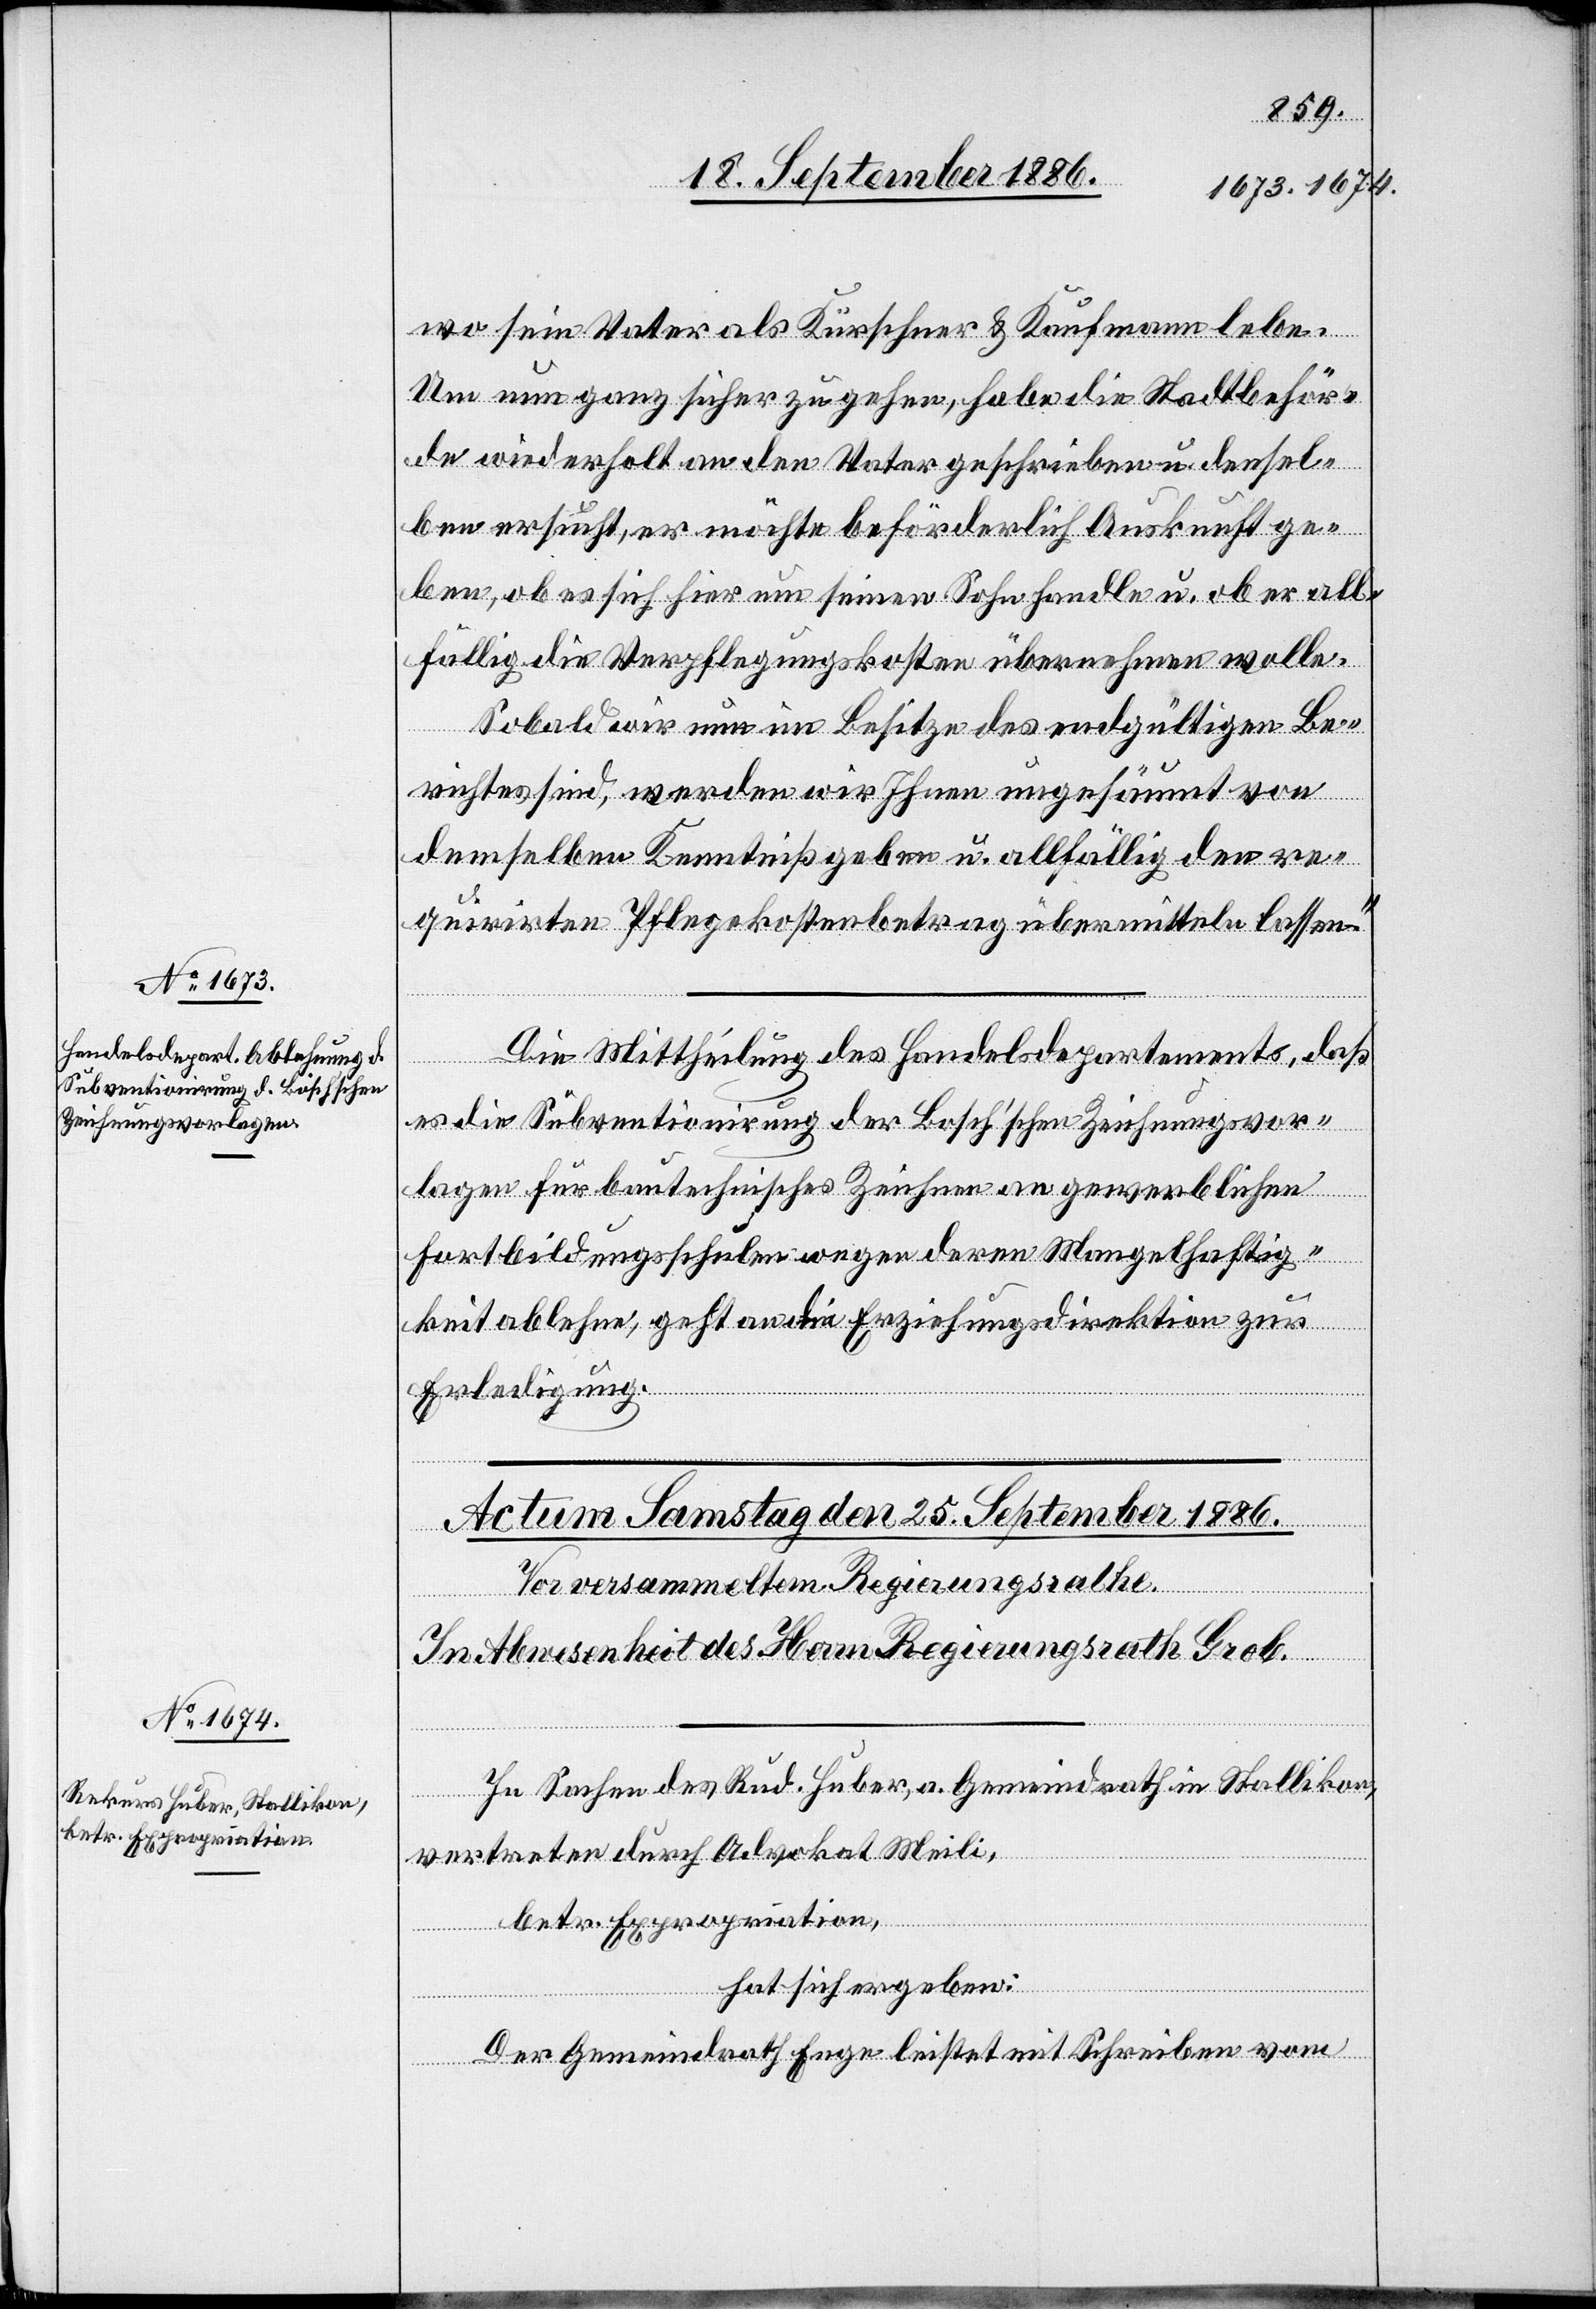
Subventionirung der Boschʼschen

24. September 1886.]
wo sein Vater als Kürschner & Kaufmann lebe.
Um nun ganz sicher zu gehen, habe die Stadtbehör¬
de wiederholt an den Vater geschrieben u. densel¬
ben ersucht, er möchte beförderlich Auskunft ge¬
ben, ob es sich hier um seinen Sohn handle u. ob er all¬
fällig die Verpflegungskosten übernehmen wolle.
Sobald wir nun im Besitze des endgültigen Be¬
richtes sind, werden wir Ihnen ungesäumt von
demselben Kenntniß geben u. allfällig den re¬
quirirten Pflegekostenbetrag übermitteln lassen.“
Die Mittheilung des Handelsdepartements, daß
lagen für bautechnische Zeichner an gewerblichen
Fortbildungsschulen wegen deren Mangelhaftig¬
keit ablehne, geht an die Erziehungsdirektion zur
Erledigung.
In Sachen des Rud. Huber, a. Gemeindrath in Stallikon,
vertreten durch Advokat Meili,
betr. Expropriation,
Zeichnungsvor¬
hat sich ergeben:
Der Gemeindrath Enge leistet mit Schreiben vom